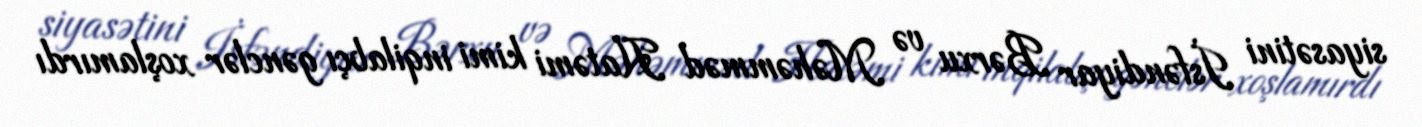
siyasətini İsfəndiyar Bərxu və Məhəmməd Hatəmi kimi inqilabçı gənclər xoşlamırdı